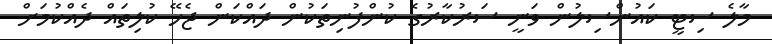
މާލެ ސިޓީ ކައުންސިލުން ވަނީ ސަރުކާރުގެ ކުންފުނިތަކުން ދައްކަން ޖެހޭ ކުލިތައް ދެއްކުމަށް